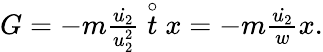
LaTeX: \begin{array}{r}{G=-m\frac{\dot{u_{2}}}{u_{2}^{2}}\stackrel{\circ}{t}x=-m\frac{\dot{u_{2}}}{w}x.}\end{array}